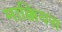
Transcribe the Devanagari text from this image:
माक्कियस